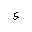
Letter: _waw